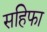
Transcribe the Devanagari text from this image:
सहिफा